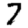
Digit: 7